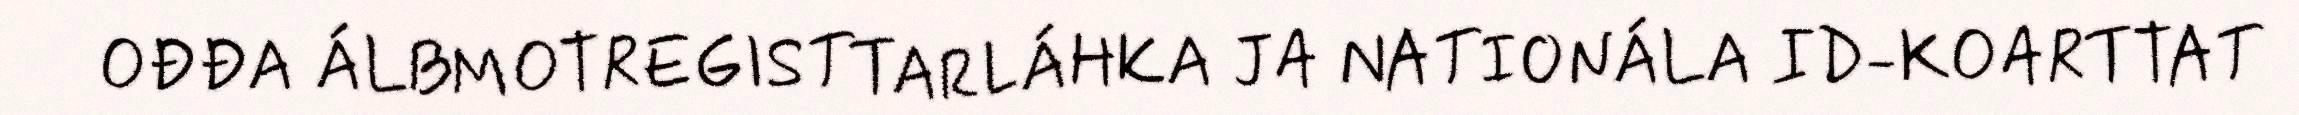
OĐĐA ÁLBMOTREGISTTARLÁHKA JA NATIONÁLA ID-KOARTTAT